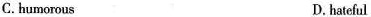
C.humorous D.hateful